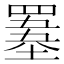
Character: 𦌋